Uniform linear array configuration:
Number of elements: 12
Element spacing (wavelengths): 0.5
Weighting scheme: hann
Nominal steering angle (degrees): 60
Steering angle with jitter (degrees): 58.063
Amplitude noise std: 0.05
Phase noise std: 0.05

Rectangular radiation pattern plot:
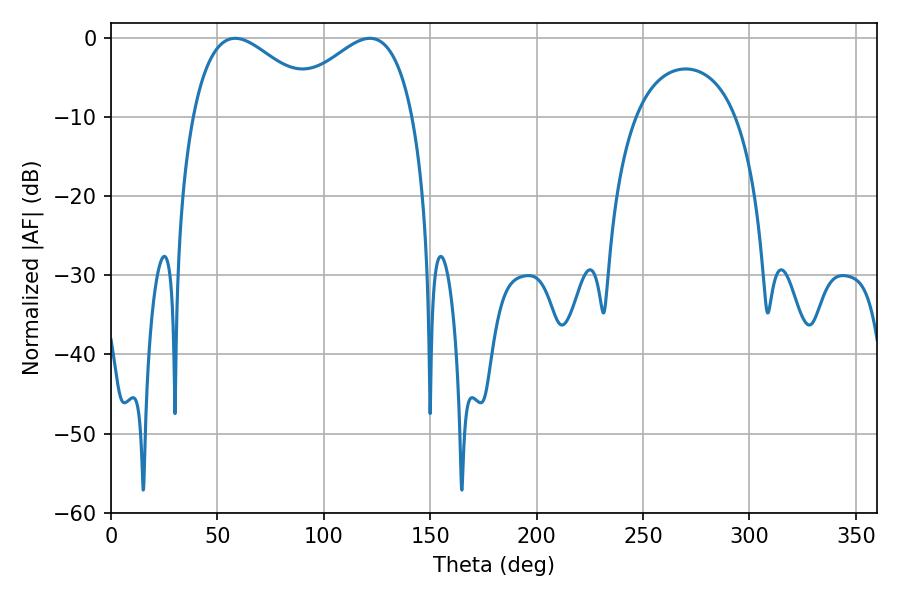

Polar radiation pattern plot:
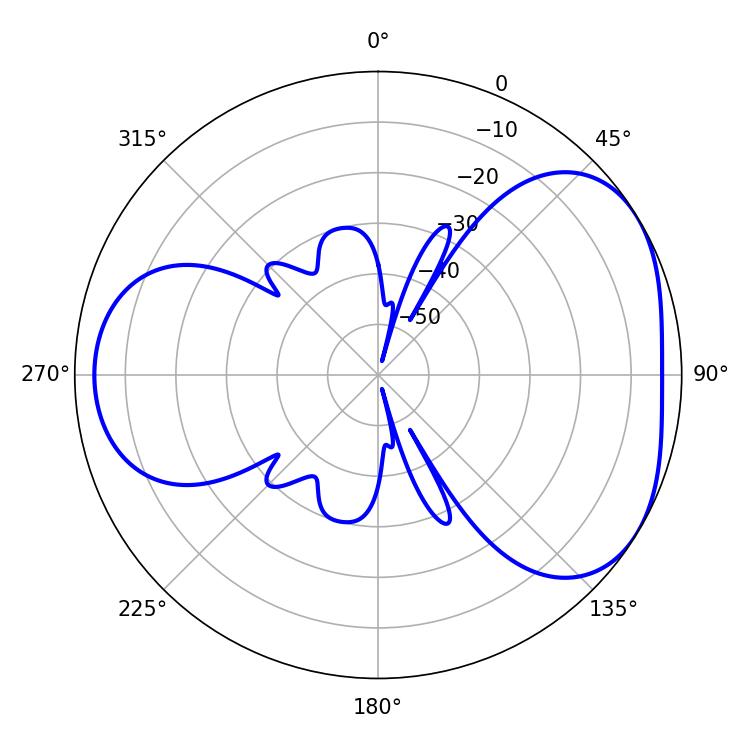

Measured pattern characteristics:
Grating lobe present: FALSE
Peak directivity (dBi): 4.144
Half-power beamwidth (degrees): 33.12
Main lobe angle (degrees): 58.32